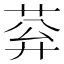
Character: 𦰠